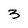
Character: 3